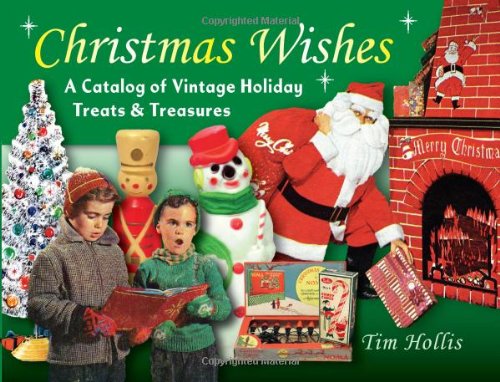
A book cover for Christmas Wishes: A Catalog of Vintage Holiday Treats & Treasures; Tim Hollis; Humor & Entertainment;